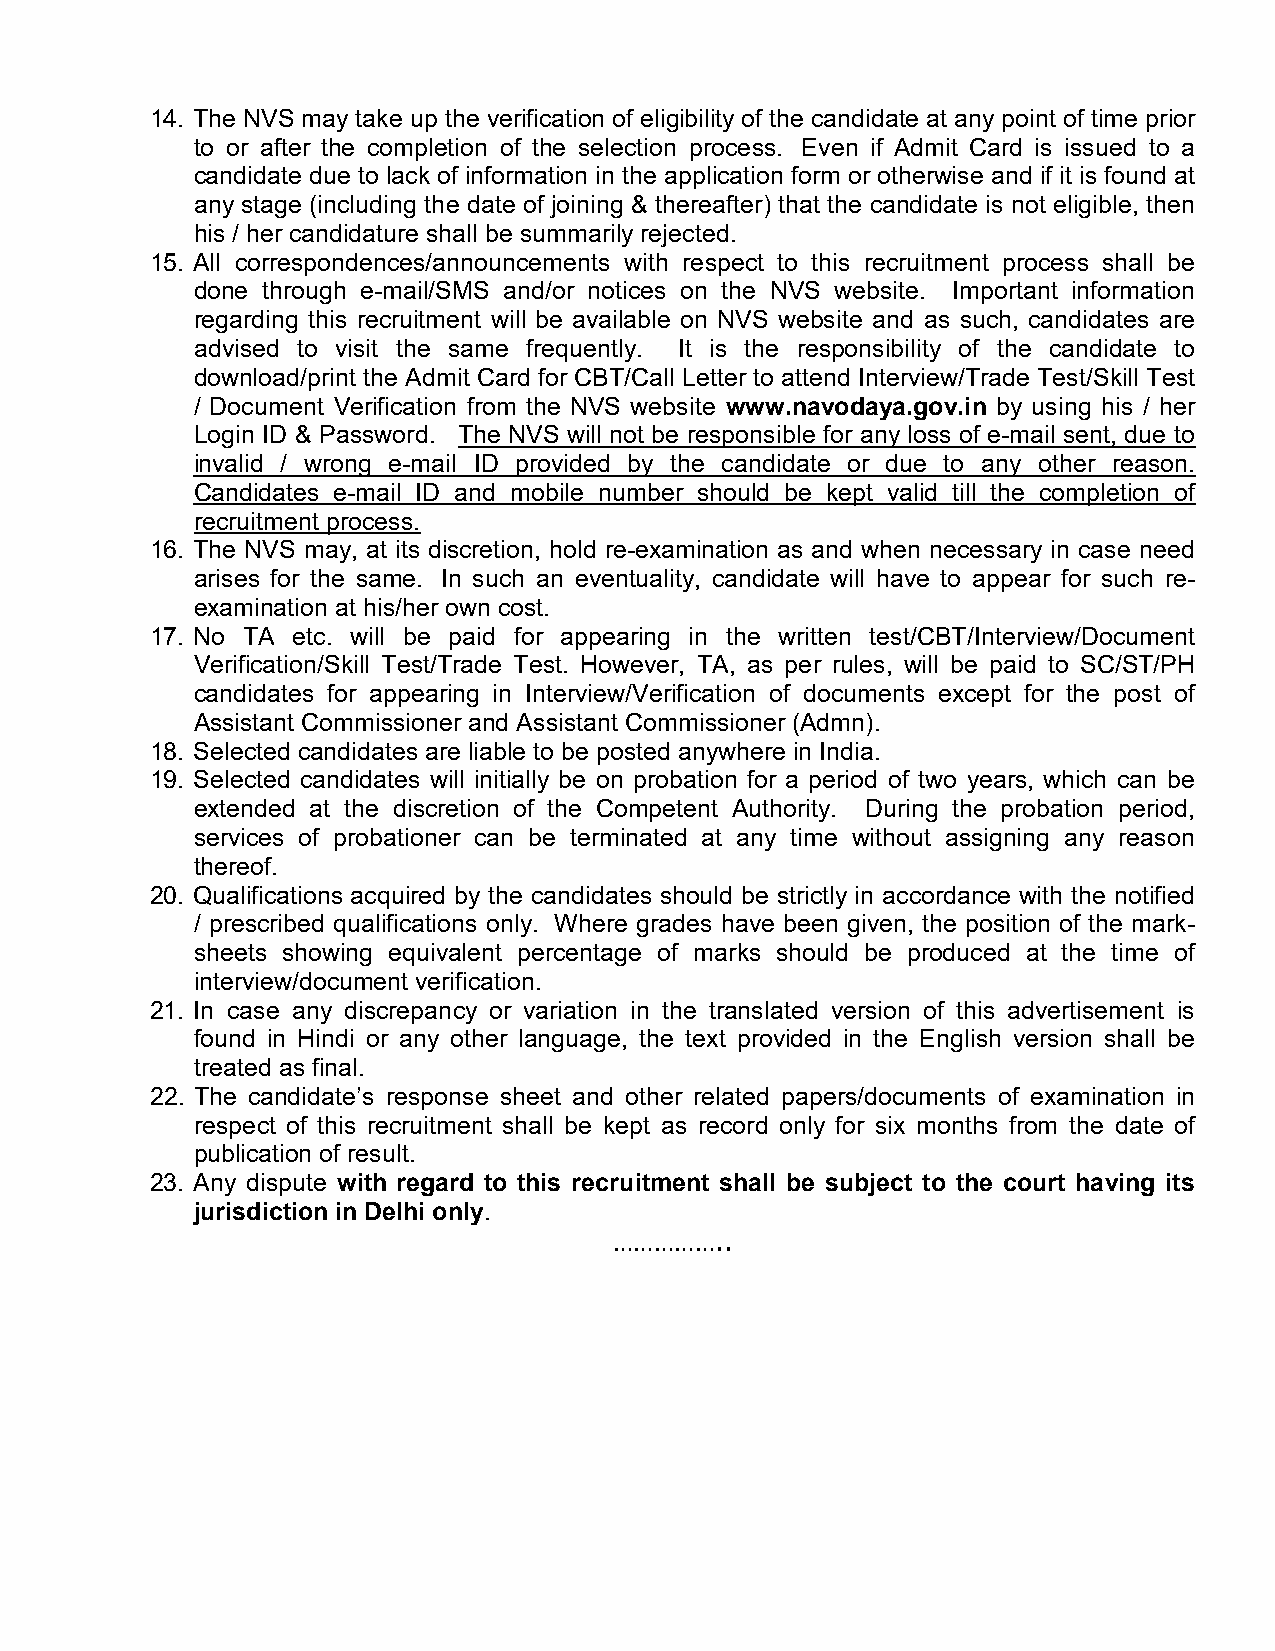
14. The NVS may take up the verification of eligibility of the candidate at any point of time prior
 to or after the completion of the selection process. Even if Admit Card is issued to a
 candidate due to lack of information in the application form or otherwise and if it is found at
 any stage (including the date of joining & thereafter) that the candidate is not eligible, then
 his / her candidature shall be summarily rejected.
 15. All correspondences/announcements with respect to this recruitment process shall be
 done through e-mail/SMS and/or notices on the NVS website. Important information
 regarding this recruitment will be available on NVS website and as such, candidates are
 advised to visit the same frequently. It is the responsibility of the candidate to
 download/print the Admit Card for CBT/Call Letter to attend Interview/Trade Test/Skill Test
 / Document Verification from the NVS website www.navodaya.gov.in by using his / her
 Login ID & Password. The NVS will not be responsible for any loss of e-mail sent, due to
 invalid / wrong e-mail ID provided by the candidate or due to any other reason.
 Candidates e-mail ID and mobile number should be kept valid till the completion of
 recruitment process.
 16. The NVS may, at its discretion, hold re-examination as and when necessary in case need
 arises for the same. In such an eventuality, candidate will have to appear for such re-
 examination at his/her own cost.
 17. No TA etc. will be paid for appearing in the written test/CBT/Interview/Document
 Verification/Skill Test/Trade Test. However, TA, as per rules, will be paid to SC/ST/PH
 candidates for appearing in Interview/Verification of documents except for the post of
 Assistant Commissioner and Assistant Commissioner (Admn).
 18. Selected candidates are liable to be posted anywhere in India.
 19. Selected candidates will initially be on probation for a period of two years, which can be
 extended at the discretion of the Competent Authority. During the probation period,
 services of probationer can be terminated at any time without assigning any reason
 thereof.
 20. Qualifications acquired by the candidates should be strictly in accordance with the notified
 / prescribed qualifications only. Where grades have been given, the position of the mark-
 sheets showing equivalent percentage of marks should be produced at the time of
 interview/document verification.
 21. In case any discrepancy or variation in the translated version of this advertisement is
 found in Hindi or any other language, the text provided in the English version shall be
 treated as final.
 22. The candidate’s response sheet and other related papers/documents of examination in
 respect of this recruitment shall be kept as record only for six months from the date of
 publication of result.
 23. Any dispute with regard to this recruitment shall be subject to the court having its
 jurisdiction in Delhi only .
 ……………..